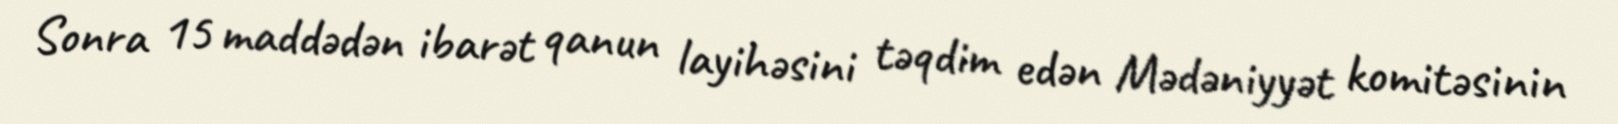
Sonra 15 maddədən ibarət qanun layihəsini təqdim edən Mədəniyyət komitəsinin